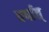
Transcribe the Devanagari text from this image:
वर्षात्